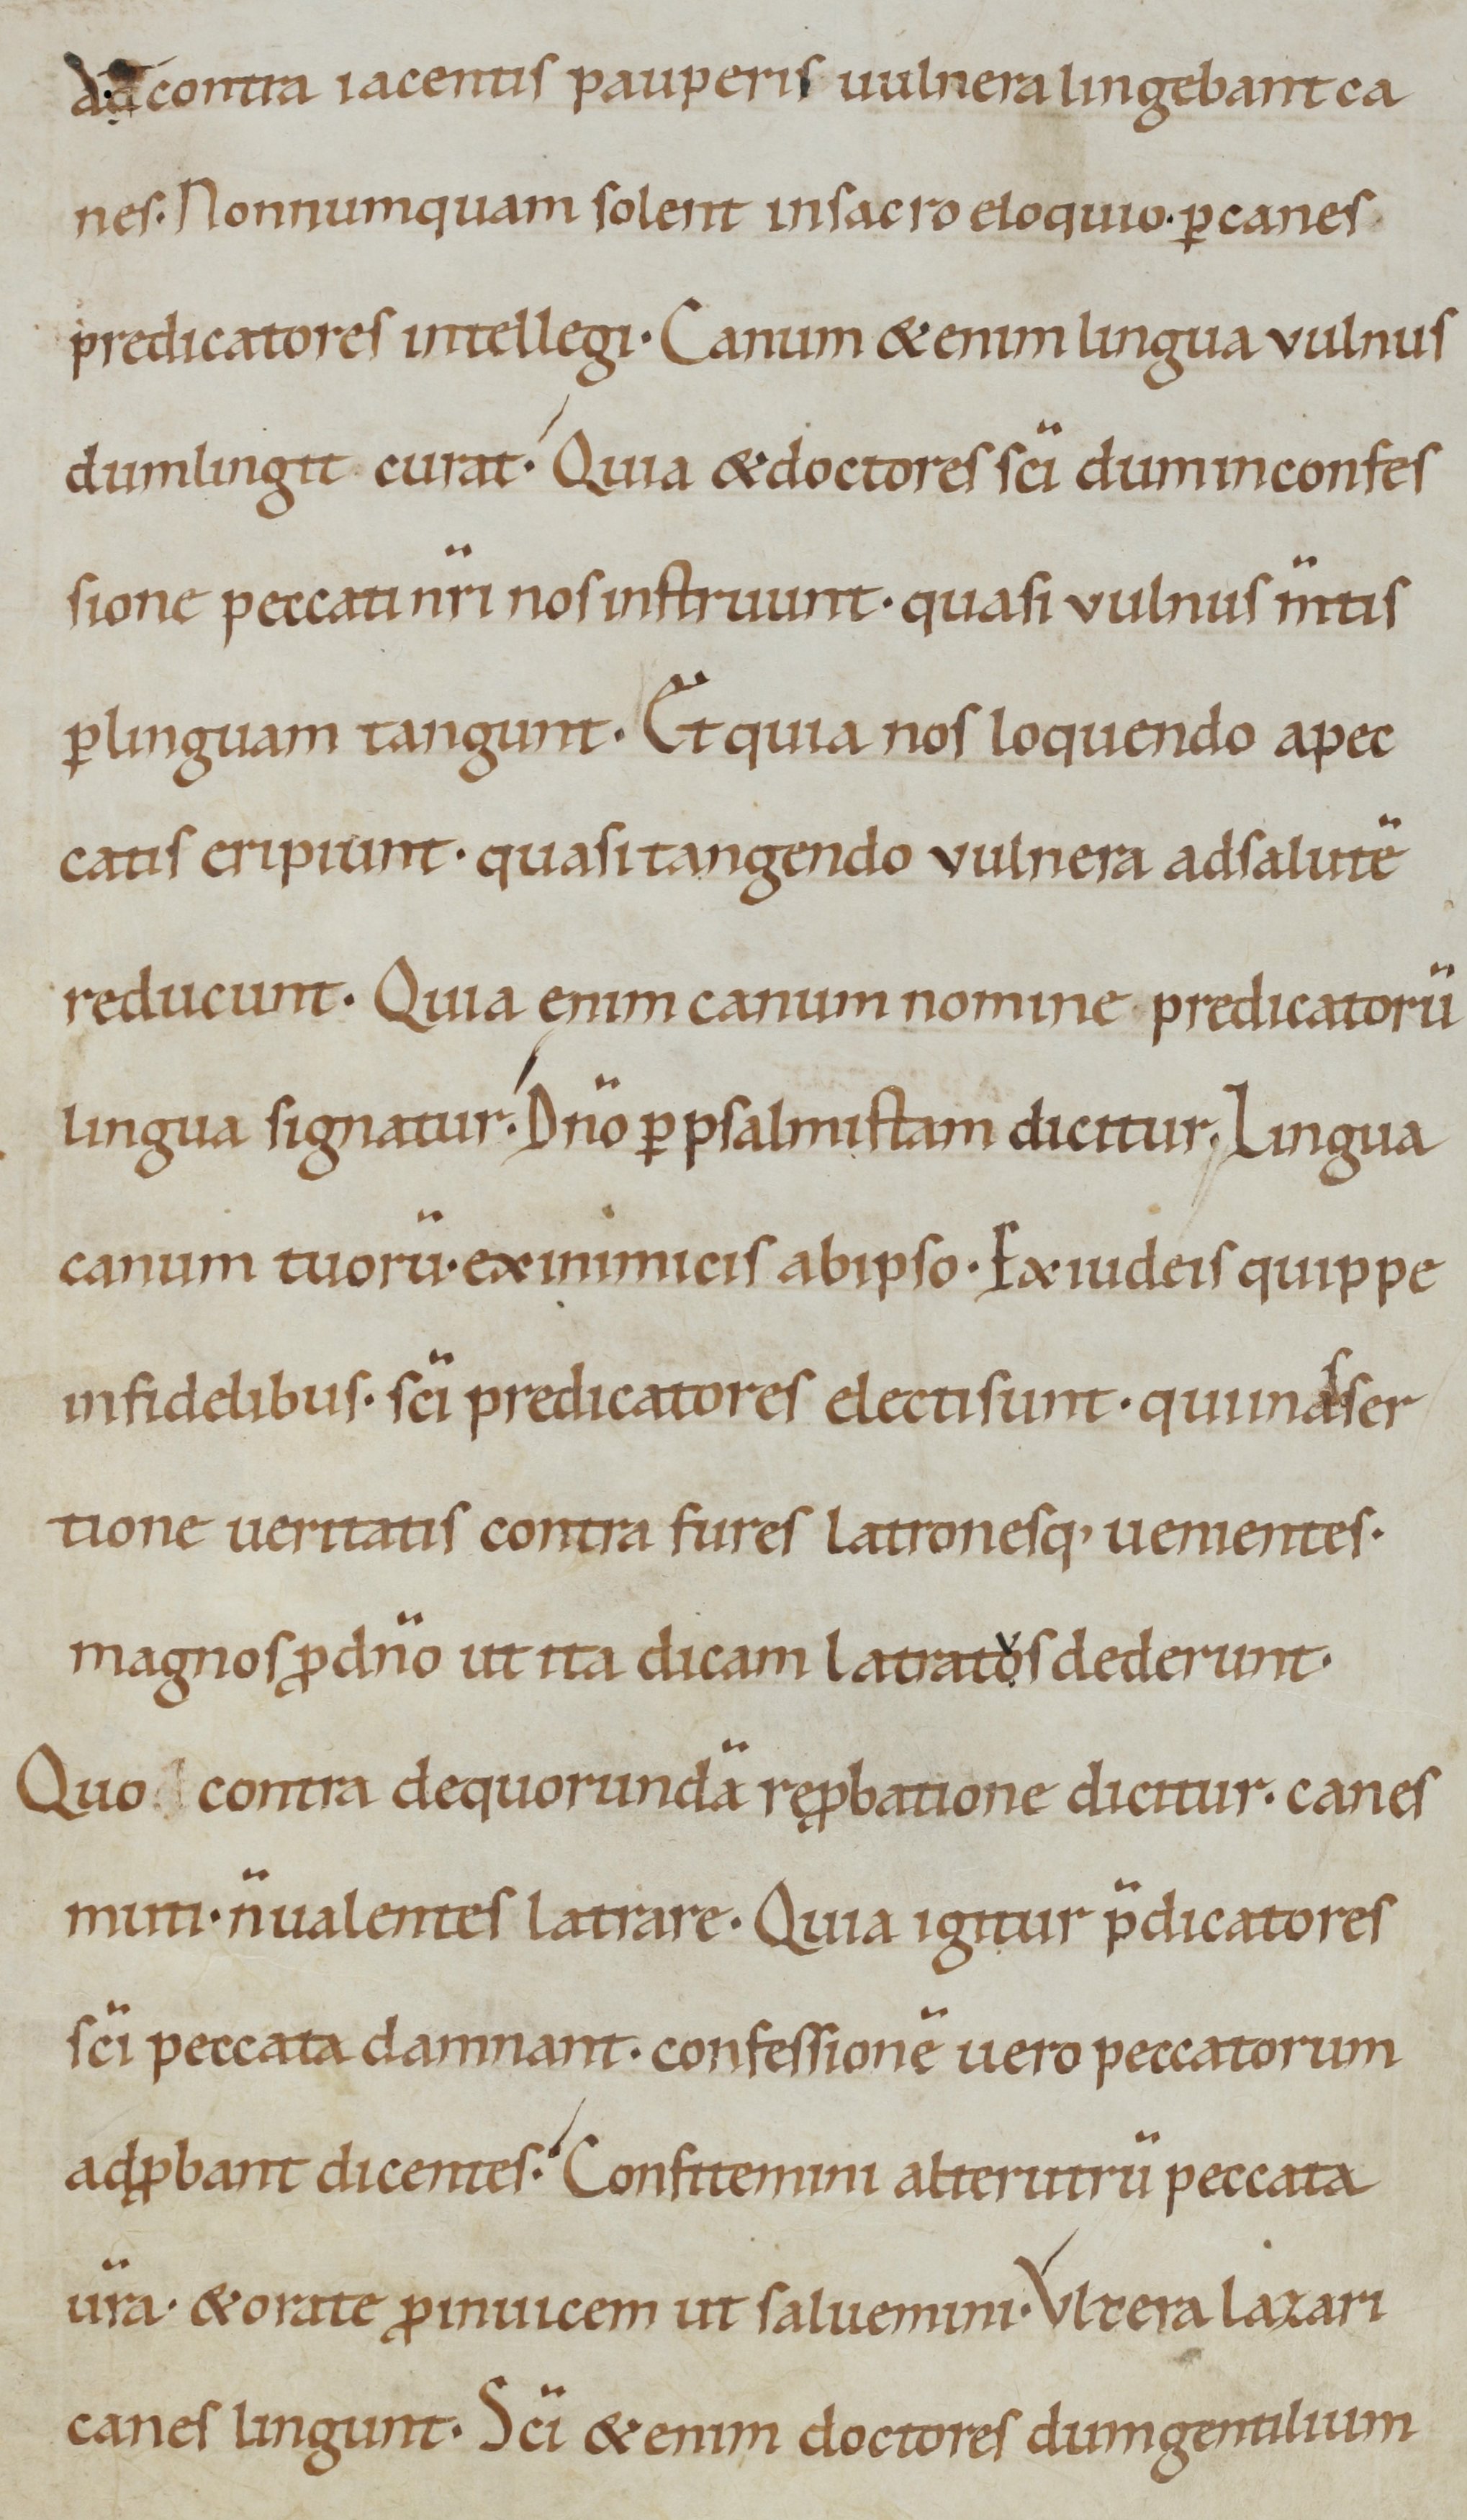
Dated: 1000–1099